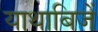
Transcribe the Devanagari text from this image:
याथाबिजें